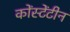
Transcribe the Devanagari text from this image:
कोंस्टेंटीन